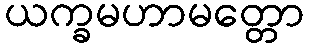
ယက္ခမဟာမတ္တော